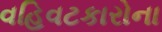
વહિવટકારોના